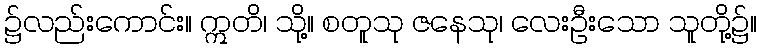
၌လည်းကောင်း။ ဣတိ၊ သို့။ စတူသု ဇနေသု၊ လေးဦးသော သူတို့၌။